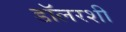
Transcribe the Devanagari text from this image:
डॉलरशी